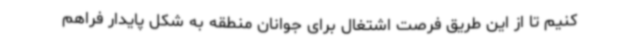
کنیم تا از این طریق فرصت اشتغال برای جوانان منطقه به شکل پایدار فراهم